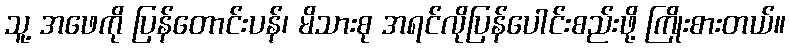
သူ့ အဖေကို ပြန်တောင်းပန်၊ မိသားစု အရင်လိုပြန်ပေါင်းစည်းဖို့ ကြိုးစားတယ်။